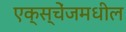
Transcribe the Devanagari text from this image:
एक्स्चेंजमधील